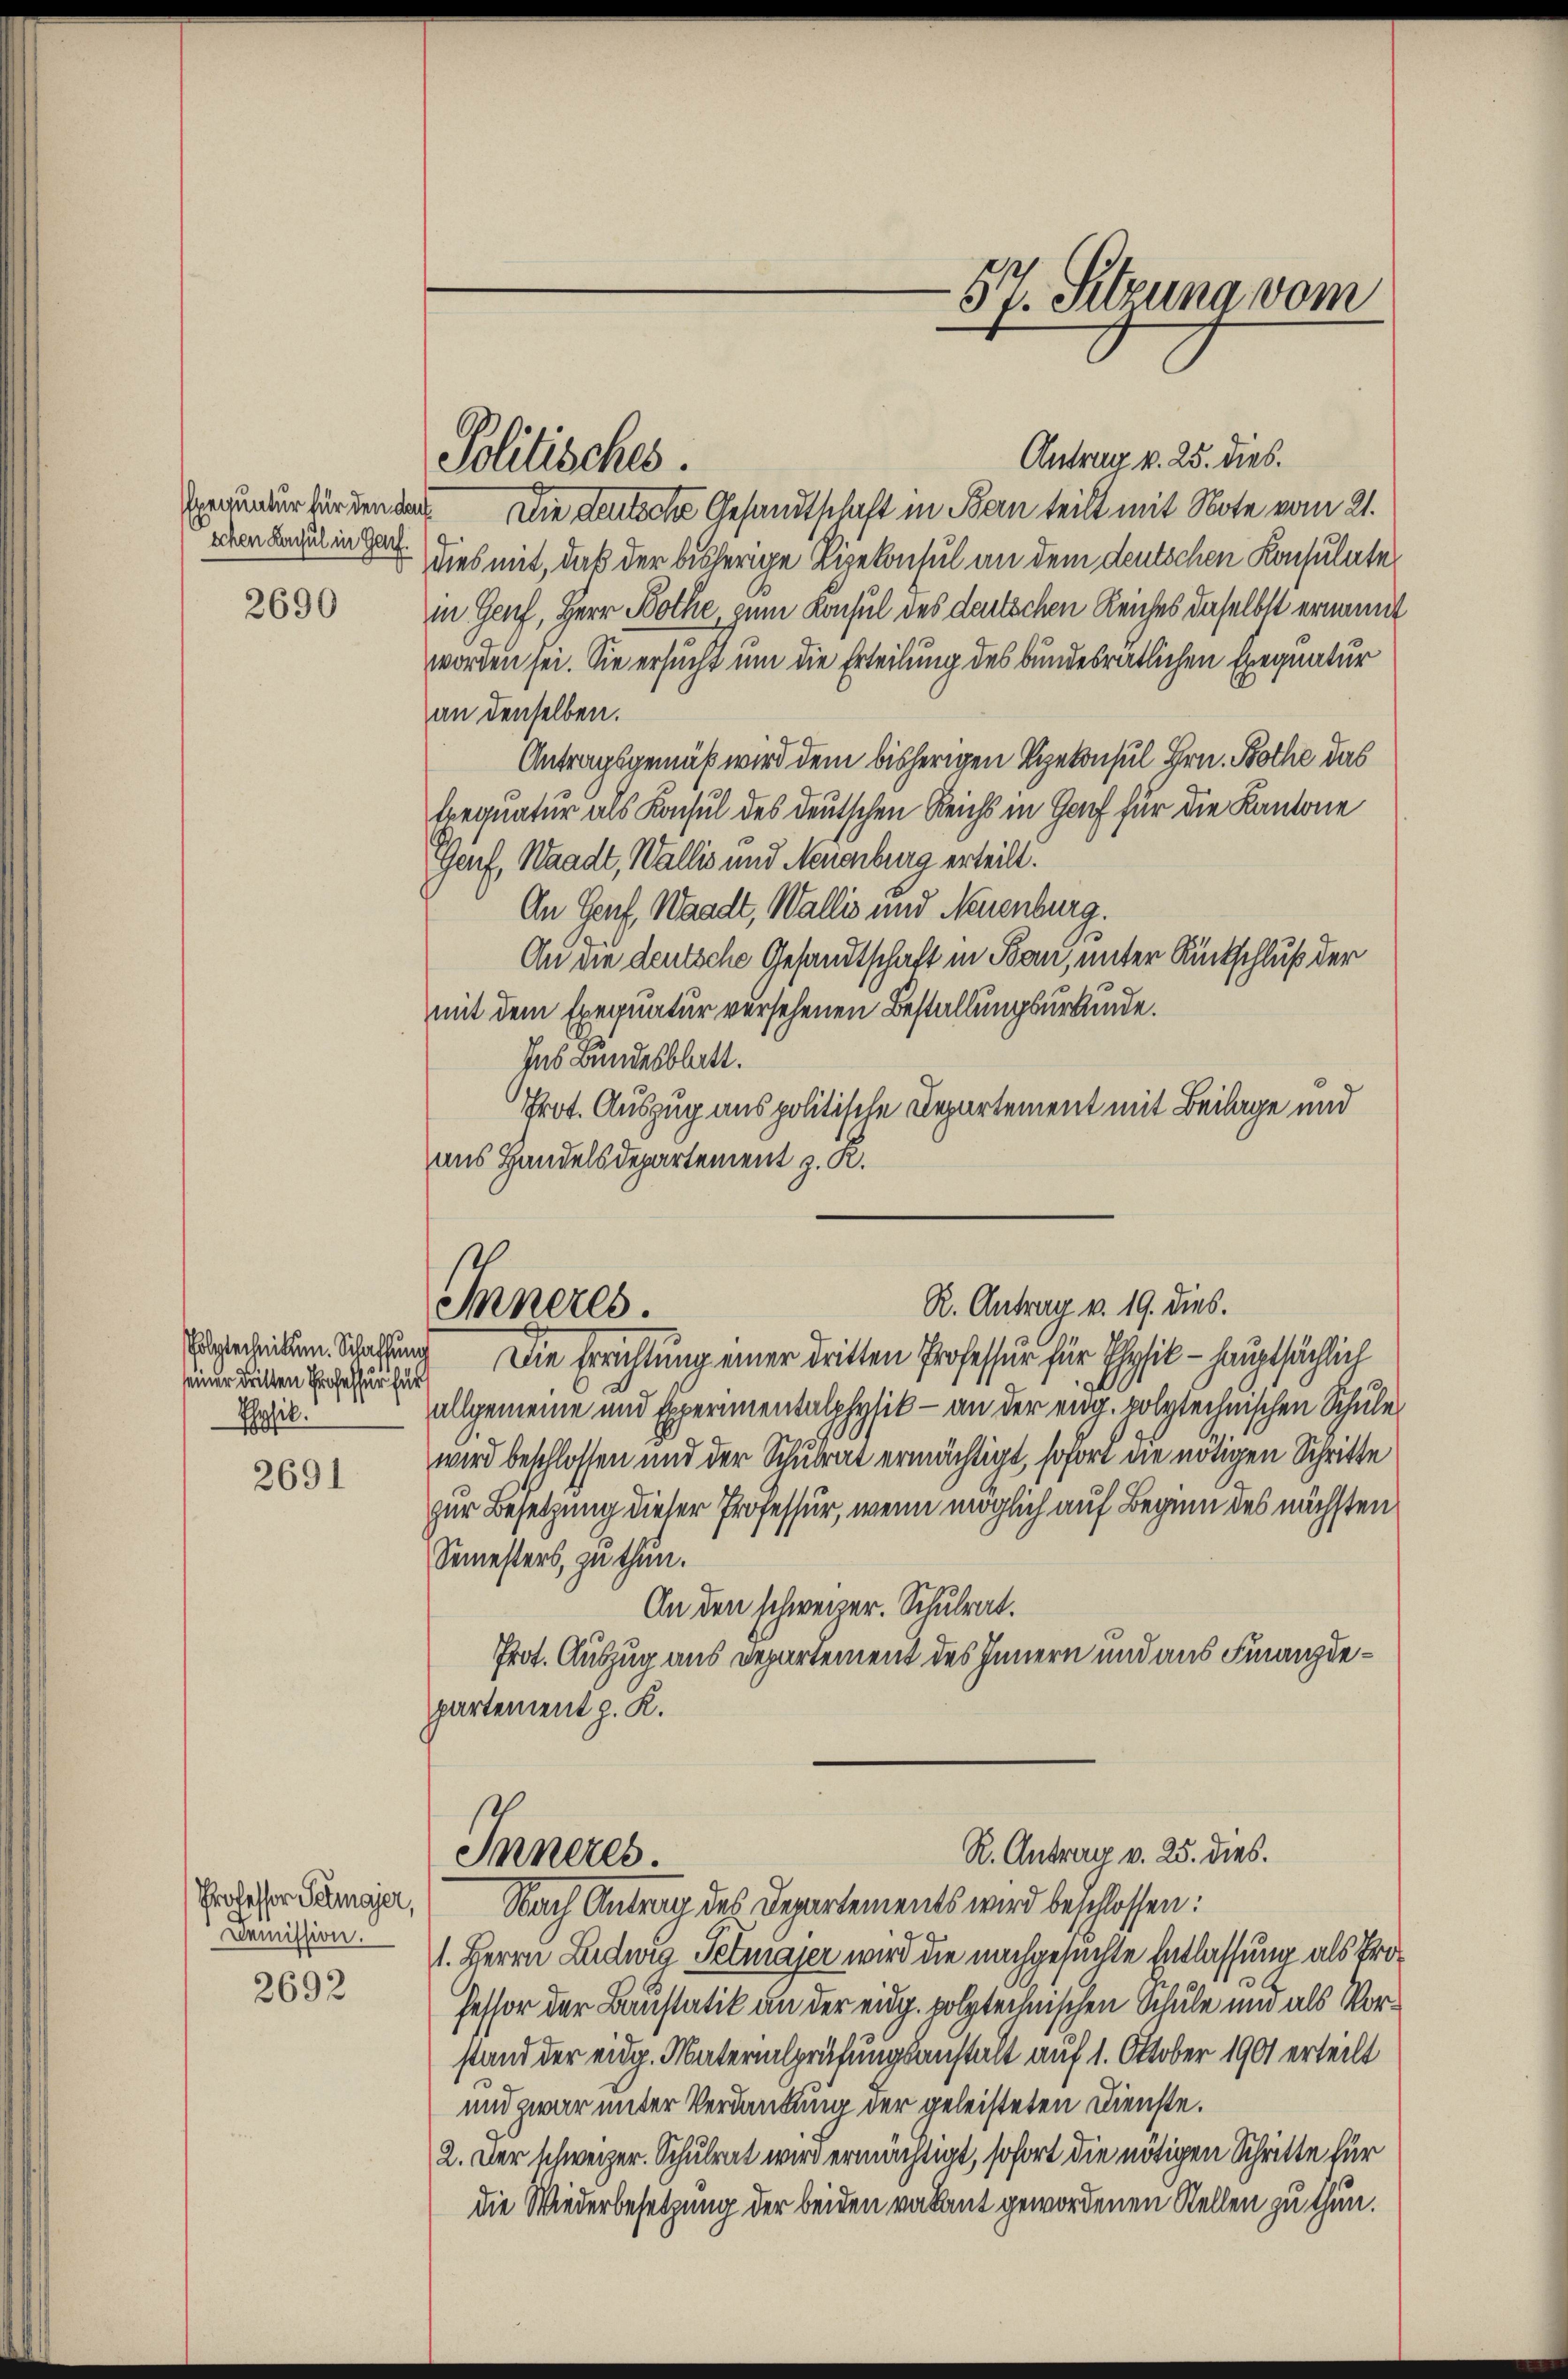
schen Konsul in Ges.

2690

seiner dritten Professur für
Physik.

2691

Professor Petmajer,
Demission.

2692

Antrag v. 25. dies.
sgrunder für den das Die deutsche Gesandtschaft in Bern teilt mit Note vom 21.
dies mit, daß der bisherige Lizekonsul an dem deutschen Konsulate
in Genf, Herr Bothe, zum Konsul des deutschen Reiches daselbst ernannt
worden sei. Sie ersucht um die Erteilung des bundesrätlichen Exequatur
an denselben.
Antragsgemäß wird dem bisherigen Rekonsul Hrn. Bothe das
trequatur als Konsul des deutschen Reichs in Genf für die Kantone
Genf, Waadt, Wallis und Neuenburg erteilt.
An Genf, Waadt, Wallis und Neuenburg.
An die deutsche Gesandtschaft in Bonn, unter Rückschluß der
mit dem Exequatur versehenen Bestallungsurkunde.
Ins Bundesblatt.
Prot. Auszug aus politische Departement mit Beilage und
ans Handelsdepartement z. R.

Politisches.

Inneres.

gechicken. Schaffung Die Errichtung einer dritten Professur für Physik - hauptsächlich
allgemeine und Experimentalphysik – an der eidg. polytechnischen Schule
wird beschlossen und der Schulrat ermächtigt, sofort die nötigen Schritte
zur Besetzung dieser Professur, wenn möglich auf Beginn des nächsten
Semesters, zu thun.
An den schweizer. Schulrat.
Prot. Auszug aus Departement des Innern und aus Finanzdepartement p. K.

-57. Sitzuna vom

R. Antrag v. 19. dies.

R. Antrag v. 25. dies.
Inneres.

Nach Antrag des Departements wird beschlossen:
1. Herrn Ludwig Tetmajer wird die nachgesuchte Entlassung als Professor der Baustativ an der eidg. polytechnischen Schule und als Vorstand der eidg. Materialprüfungsanstalt auf 1. Oktober 1901 erteilt
d
und zwar unter Verdankung der geleisteten Dienste.
2. Der schweizer. Schulrat wird ermächtigt, sofort die nötigen Schritte für
die Wiederbesetzung der beiden vakant gewordenen Stellen zu thun.